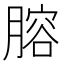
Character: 𦞳